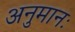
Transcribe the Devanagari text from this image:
अनुमानः